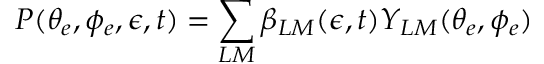
P ( \theta _ { e } , \phi _ { e } , \epsilon , t ) = \sum _ { L M } \beta _ { L M } ( \epsilon , t ) Y _ { L M } ( \theta _ { e } , \phi _ { e } )